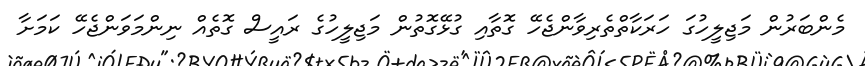
މެންބަރުން މަޖިލީހުގަ ހަރަކާތްތެރިވާންޖެހޭ ގޮތާއި ގުޅޭގޮތުން މަޖިލީހުގެ ރައީސް ގޮތެއް ނިންމަވަންޖެހޭ ކަމަށާ